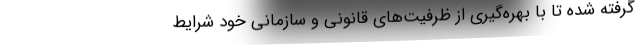
گرفته شده تا با بهره‌گیری از ظرفیت‌های قانونی و سازمانی خود شرایط